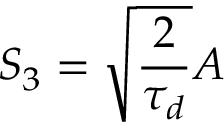
S _ { 3 } = \sqrt { \frac { 2 } { \tau _ { d } } } A